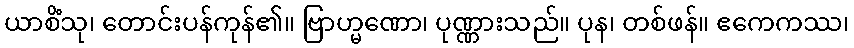
ယာစိံသု၊ တောင်းပန်ကုန်၏။ ဗြာဟ္မဏော၊ ပုဏ္ဏားသည်။ ပုန၊ တစ်ဖန်။ ဧကေကဿ၊